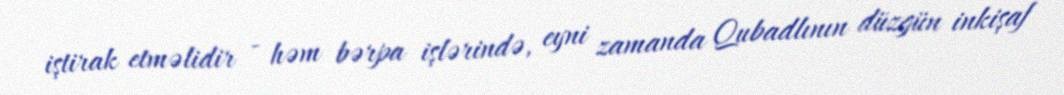
iştirak etməlidir - həm bərpa işlərində, eyni zamanda Qubadlının düzgün inkişaf